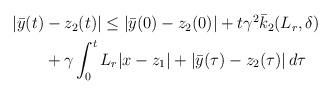
LaTeX: \begin{align*}\begin{aligned}|\bar{y}(t)&-z_2(t)| \le | \bar{y}(0)-z_2(0)| + t\gamma^2 \bar{k}_2(L_r,\delta)\\& + \gamma \int_0^t L_r|x-z_1| + |\bar{y}(\tau)-z_2(\tau)|\,d\tau \end{aligned}\end{align*}